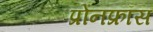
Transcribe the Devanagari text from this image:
प्रोनफ्रॉस